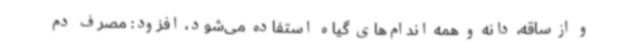
و از ساقه، دانه و همه اندام‌های گیاه استفاده می‌شود، افزود: مصرف دم